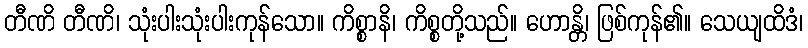
တီဏိ တီဏိ၊ သုံးပါးသုံးပါးကုန်သော။ ကိစ္စာနိ၊ ကိစ္စတို့သည်။ ဟောန္တိ၊ ဖြစ်ကုန်၏။ သေယျထိဒံ၊